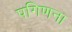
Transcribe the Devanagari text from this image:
पगिणना